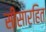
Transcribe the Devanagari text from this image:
सीसारहित